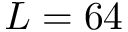
L = 6 4